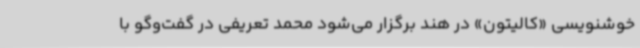
خوشنویسی «کالیتون» در هند برگزار می‌شود محمد تعریفی در گفت‌وگو با